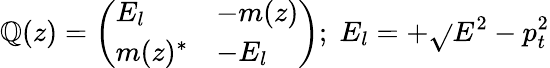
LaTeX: \mathbb{Q}(z)=\left(\begin{array}{ll}{{E_{l}}}&{{-m(z)}}\\ {{m(z)^{\ast}}}&{{-E_{l}}}\end{array}\right);\; E_{l}=+\sqrt{}{{E^{2}-p_{t}^{2}}}